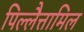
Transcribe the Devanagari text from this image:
पिल्लैत्तामिल